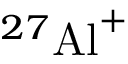
^ { 2 7 } { \mathrm { A l } } ^ { + }